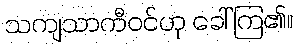
သကျသာကီဝင်ဟု ခေါ်ကြ၏။